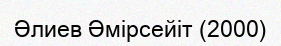
Әлиев Әмірсейіт (2000)